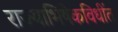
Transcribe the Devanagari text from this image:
राज्याभिषेकविधींत